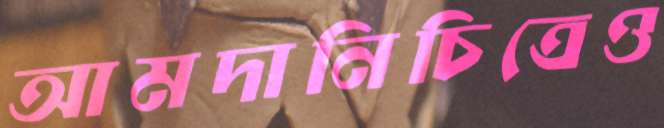
আমদানিচিত্রেও